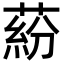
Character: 蒶